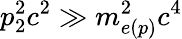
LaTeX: p_{2}^{2}c^{2}\gg m_{e(p)}^{2}c^{4}